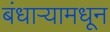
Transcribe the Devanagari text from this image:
बंधार्‍यामधून